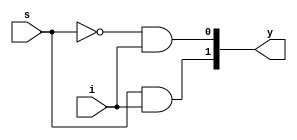
// 1 : 2 Demultiplexer
module demux_1to2(y,s,i);
input i,s;
output [1:0]y;
assign y[0]= (~s & i) ;
assign y[1]= (s & i) ;
endmodule

// 1 : 8 Demultiplexer
module demux_1to8(y,s,i);
input i;
input [2:0]s;
output [7:0]y;
assign y[0]= (~s[2] & ~s[1] & ~s[0] &  i) ;
assign y[1]= (~s[2] & ~s[1] & s[0] &  i) ;
assign y[2]= (~s[2] & s[1] & ~s[0] &  i) ;
assign y[3]= (~s[2] & s[1] & s[0] &  i) ;
assign y[4]= (s[2] & ~s[1] & ~s[0] &  i) ;
assign y[5]= (s[2] & ~s[1] & s[0] &  i) ;
assign y[6]= (s[2] & s[1] & ~s[0] &  i) ;
assign y[7]= (s[2] & s[1] & s[0] &  i) ;

endmodule

// 1 : 16 Demultiplexer using 1 : 2 Demultiplexer(a1) and 1 : 8 Demultiplexer (a2,a3)
module demux_1to16(y,s,i);
    input i;
    input [3:0] s;
    output [15:0] y;
    wire [1:0]w;
demux_1to2 a1 (w[1:0],s[3],i);
demux_1to8 a2 (y[7:0],s[2:0],w[0]);
demux_1to8 a3 (y[15:8],s[2:0],w[1]);
endmodule